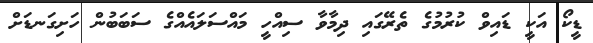
ޑީކޯ އަކީ ޑައިވް ކުރުމުގެ ތެރޭގައި ދިމާވާ ސިއްހީ މައްސަލައެއްގެ ސަބަބުން ހަށިގަނޑަށް